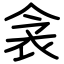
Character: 衾